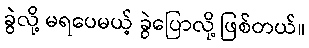
ခွဲလို့ မရပေမယ့် ခွဲပြောလို့ ဖြစ်တယ်။